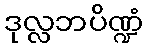
ဒုလ္လဘပိဏ္ဍံ